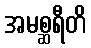
အမစ္ဆရီတိ